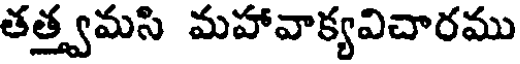
తత్త్వమసి మహావాక్యవిచారము